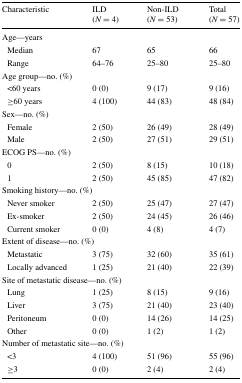
<table><thead><tr><td><b>Characteristic</b></td><td><b>ILD(<i>N</i> = 4)</b></td><td><b>Non-ILD(<i>N</i> = 53)</b></td><td><b>Total(<i>N</i> = 57)</b></td></tr></thead><tbody><tr><td colspan="4">Age—years</td></tr><tr><td> Median</td><td>67</td><td>65</td><td>66</td></tr><tr><td> Range</td><td>64–76</td><td>25–80</td><td>25–80</td></tr><tr><td colspan="4">Age group—no. (%)</td></tr><tr><td> &lt;60 years</td><td>0 (0)</td><td>9 (17)</td><td>9 (16)</td></tr><tr><td> ≥60 years</td><td>4 (100)</td><td>44 (83)</td><td>48 (84)</td></tr><tr><td colspan="4">Sex—no. (%)</td></tr><tr><td> Female</td><td>2 (50)</td><td>26 (49)</td><td>28 (49)</td></tr><tr><td> Male</td><td>2 (50)</td><td>27 (51)</td><td>29 (51)</td></tr><tr><td colspan="4">ECOG PS—no. (%)</td></tr><tr><td> 0</td><td>2 (50)</td><td>8 (15)</td><td>10 (18)</td></tr><tr><td> 1</td><td>2 (50)</td><td>45 (85)</td><td>47 (82)</td></tr><tr><td colspan="4">Smoking history—no. (%)</td></tr><tr><td> Never smoker</td><td>2 (50)</td><td>25 (47)</td><td>27 (47)</td></tr><tr><td> Ex-smoker</td><td>2 (50)</td><td>24 (45)</td><td>26 (46)</td></tr><tr><td> Current smoker</td><td>0 (0)</td><td>4 (8)</td><td>4 (7)</td></tr><tr><td colspan="4">Extent of disease—no. (%)</td></tr><tr><td> Metastatic</td><td>3 (75)</td><td>32 (60)</td><td>35 (61)</td></tr><tr><td> Locally advanced</td><td>1 (25)</td><td>21 (40)</td><td>22 (39)</td></tr><tr><td colspan="4">Site of metastatic disease—no. (%)</td></tr><tr><td> Lung</td><td>1 (25)</td><td>8 (15)</td><td>9 (16)</td></tr><tr><td> Liver</td><td>3 (75)</td><td>21 (40)</td><td>23 (40)</td></tr><tr><td> Peritoneum</td><td>0 (0)</td><td>14 (26)</td><td>14 (25)</td></tr><tr><td> Other</td><td>0 (0)</td><td>1 (2)</td><td>1 (2)</td></tr><tr><td colspan="4">Number of metastatic site—no. (%)</td></tr><tr><td> &lt;3</td><td>4 (100)</td><td>51 (96)</td><td>55 (96)</td></tr><tr><td> ≥3</td><td>0 (0)</td><td>2 (4)</td><td>2 (4)</td></tr></tbody></table>